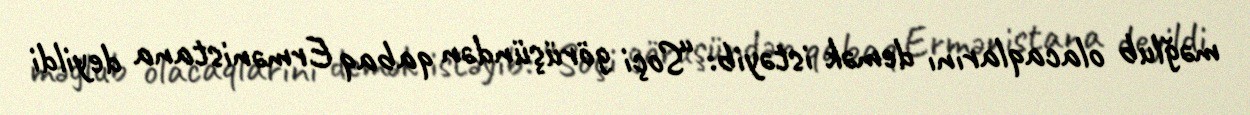
məğlub olacaqlarını demək istəyib: “Soçi görüşündən qabaq Ermənistana deyildi